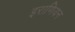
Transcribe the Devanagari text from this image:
इराणियन